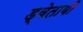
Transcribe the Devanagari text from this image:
ड्वेतायी